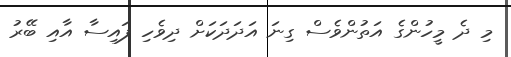
މި ދެ މީހުންގެ އަތުންވެސް ގިނަ އަދަދަކަށް ދިވެހި ފައިސާ އާއި ބޭރު